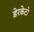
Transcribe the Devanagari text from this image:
डेरकेटो